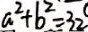
a ^ { 2 } + b ^ { 2 } = 3 2